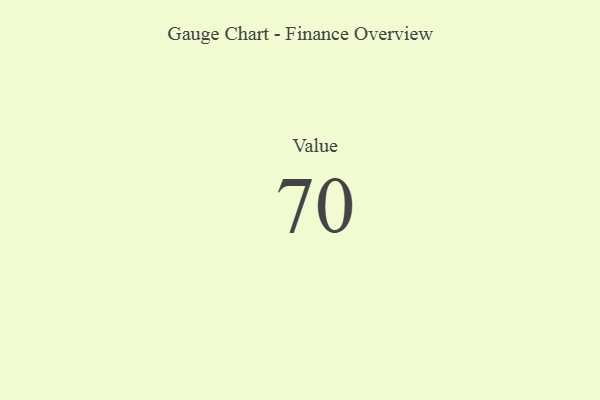
{"axis": {"x": "Metric", "y": "Value"}, "legend": [""], "data": [{"x": "Value", "y": 70, "type": ""}]}